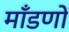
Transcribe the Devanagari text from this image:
माँडणों